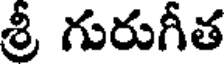
శ్రీ గురుగీత